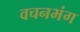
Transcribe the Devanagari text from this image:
वचनभंग